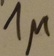
Text: 1µ